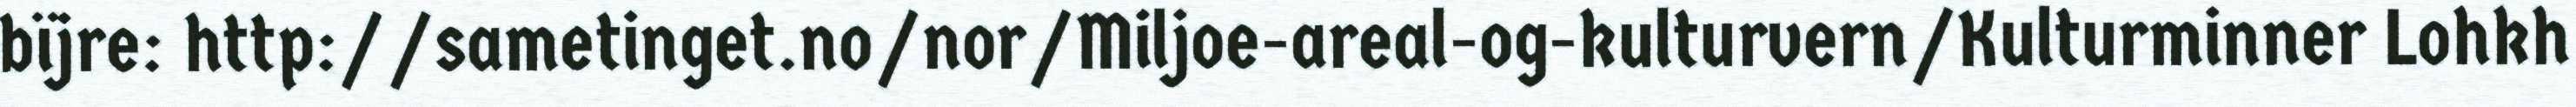
bïjre: http://sametinget.no/nor/Miljoe-areal-og-kulturvern/Kulturminner Lohkh